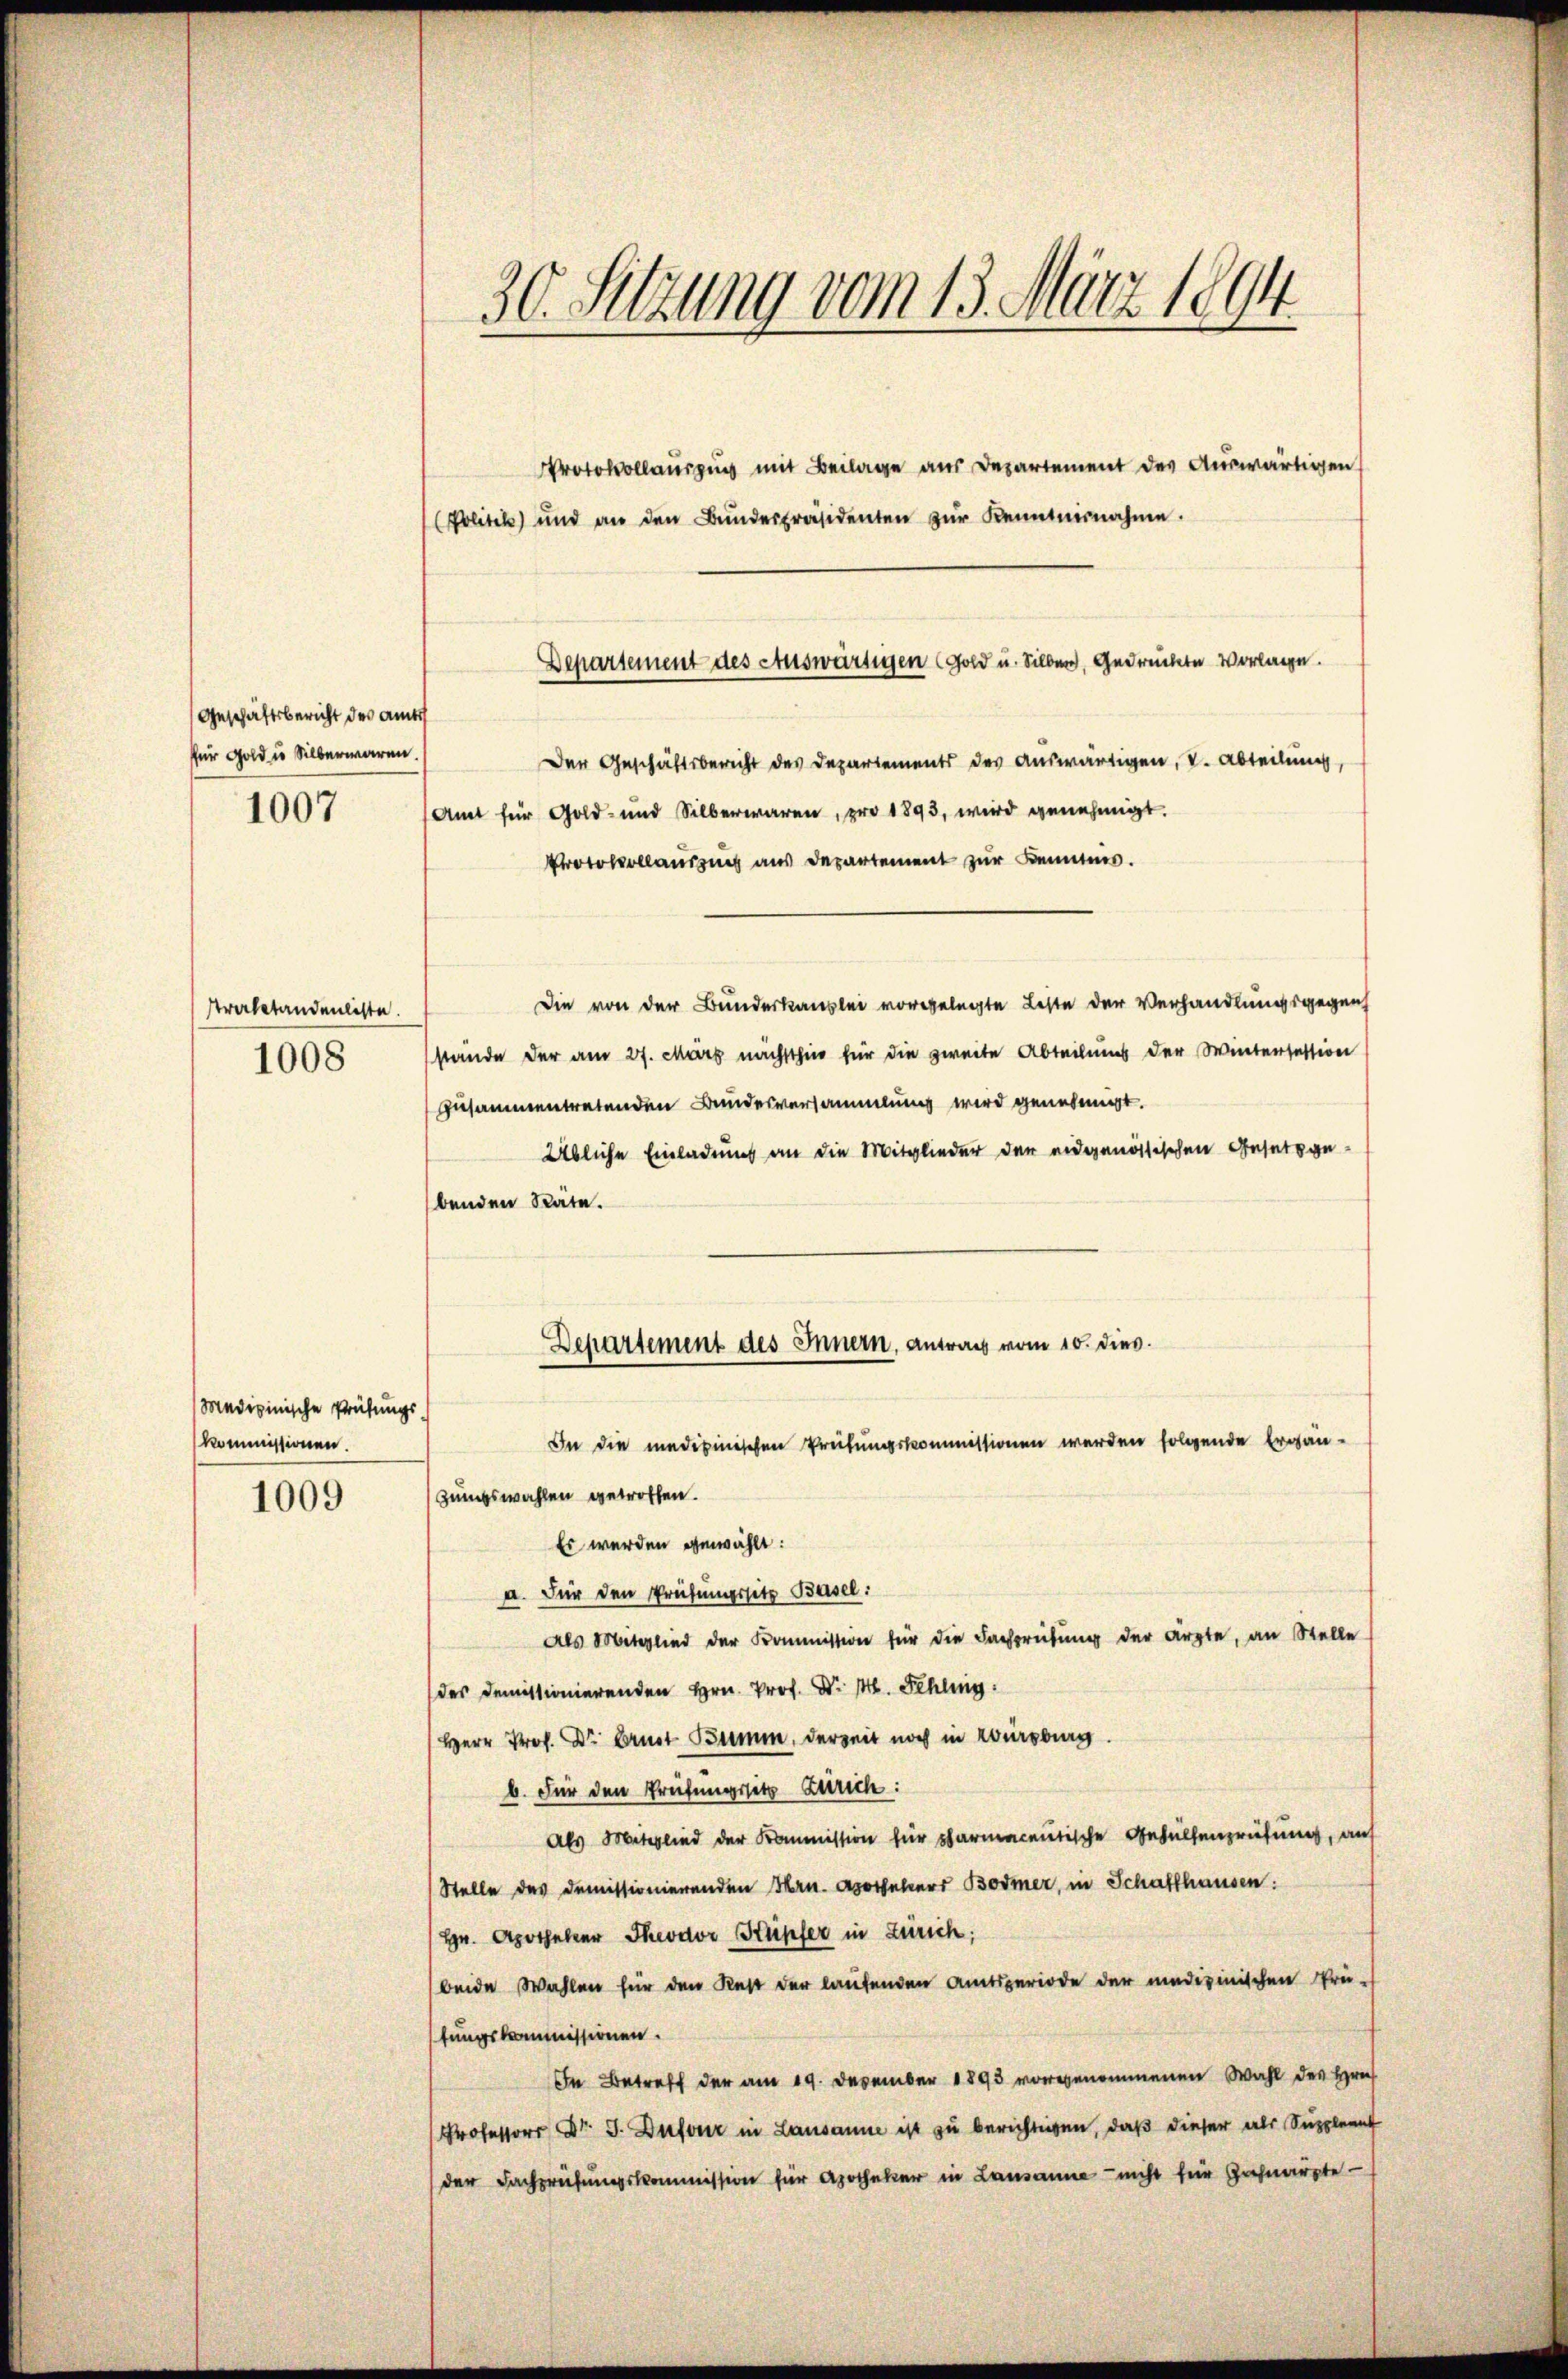
Geschäftsbericht des Amts
für Gold u. Silberwaren.

1007

strafstandenliste.
1008

Medizinische Prüfungs
kommissionen.

1009

30. Setzung vom 13. März 1894.

(Politik und an den Bŭndespräsidenten zŭr Kenntnisnahme.

Protokollauszug mit Beilage aus Departement des Auswärtigen
Der Geschäftsbericht des Departements des auswärtigen, V. Abteilung,
Amt für Gold- und Silberwaren, pro 1893, wird genehmigt.
Protokollaussung aus Departement zur Kenntnis.
Die von der Bundeskanzlei vorgelegte Liste der Verhandlungsgegenh
stände der am 27. März nächsthin für die zweite Abteilung der Wintersession
zusammentretenden Bundesversammlung wird genehmigt.
Übliche Einladung an die Mitglieder der eidgenössischen Gesetzgebenden Räte.

Departement des Auswärtigen Gold u. Silber, Gedrückte Vorlage.

Departement des Innern, Antrag vom 10. dies

In die medizinischen Prüfungskommissionen werden folgende Ergän-
zungswahlen getroffen.
Es werden gewählt:
a. Für den Prüfungssitz Basel:
Als Mitglied der Kommission für die Fachprüfung der ärzte, an Stelle
des Demissionierenden Hrn. Prof. Dr. M. Schling
Herr Prof. Dr. Brust Bumm, derseit noch in Kursburg.
b. Für den Preifungssitz Zürich:
Als Mitglied der Kommission für pharmacentische Gehüllenprüfung, auf
Stelle des Demissionierenden Hrn. Apothekers Bodmer, in Schaffhausen:
Hr. Apotheker Theodor Kupfer in Zürich;
beide Wahlen für den Rest der laufenden Amtsperiode der medizinischen Prü-
tungskommissionen.
In Betreff der am 19. Dezember 1893 vorgenommenen Wahl des Hrn.
Professor Dr. J. Dufour in Lausanne ist zu berichtigen, daß dieser als Suppleant
der Fachprüfungskommission für Apotheker in Lausanne – nicht für Gachnarzte